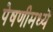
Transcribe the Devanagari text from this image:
पेषणीमध्ये